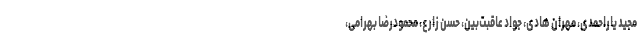
مجید یاراحمدی، مهران هادی، جواد عاقبت‌بین، حسن زارع، محمودرضا بهرامی،